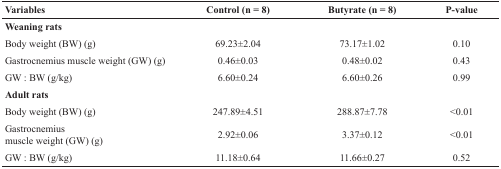
<table><thead><tr><td><b>Variables</b></td><td><b>Control (n = 8)</b></td><td><b>Butyrate (n = 8)</b></td><td><b>P-value</b></td></tr></thead><tbody><tr><td colspan="4"><b>Weaning rats</b></td></tr><tr><td>Body weight (BW) (g)</td><td>69.23±2.04</td><td>73.17±1.02</td><td>0.10</td></tr><tr><td>Gastrocnemius muscle weight (GW) (g)</td><td>0.46±0.03</td><td>0.48±0.02</td><td>0.43</td></tr><tr><td>GW : BW (g/kg)</td><td>6.60±0.24</td><td>6.60±0.26</td><td>0.99</td></tr><tr><td colspan="4"><b>Adult rats</b></td></tr><tr><td>Body weight (BW) (g)</td><td>247.89±4.51</td><td>288.87±7.78</td><td>&lt;0.01</td></tr><tr><td>Gastrocnemius muscle weight (GW) (g)</td><td>2.92±0.06</td><td>3.37±0.12</td><td>&lt;0.01</td></tr><tr><td>GW : BW (g/kg)</td><td>11.18±0.64</td><td>11.66±0.27</td><td>0.52</td></tr></tbody></table>